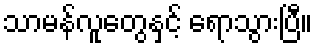
သာမန်လူတွေနှင့် ရောသွားပြီ။